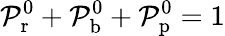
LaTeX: \mathcal P_{\mathrm{r}}^{0}+\mathcal P_{\mathrm{b}}^{0}+\mathcal P_{\mathrm{p}}^{0}=1